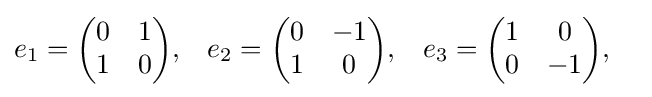
{\begin{aligned}e_{1}&={\begin{pmatrix}0&1\\1&0\end{pmatrix}},&e_{2}&={\begin{pmatrix}0&-1\\1&0\end{pmatrix}},&e_{3}&={\begin{pmatrix}1&0\\0&-1\end{pmatrix}},\end{aligned}}